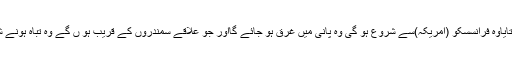
جواب:تباہی کا جو بتایاوہ فرانسسکو (امریکہ)سے شروع ہو گی وہ پانی میں غرق ہو جائے گااور جو علاقے سمندروں کے قریب ہو ں گے وہ تباہ ہونے شروع ہو جائیں گے۔